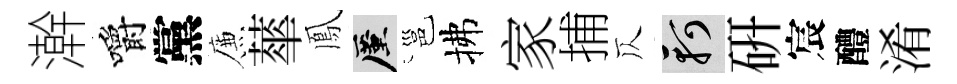
澣嚼黨簾蕐鳳厪邕拂家捕仄軻硏宸醴淆